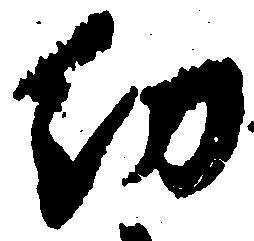
幼